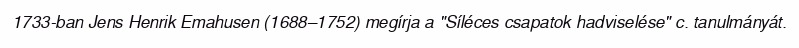
1733-ban Jens Henrik Emahusen (1688–1752) megírja a "Síléces csapatok hadviselése" c. tanulmányát.